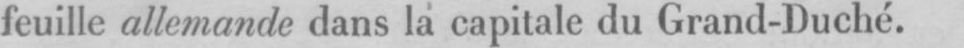
feuille allemande dans la capitale du Grand-Duché.